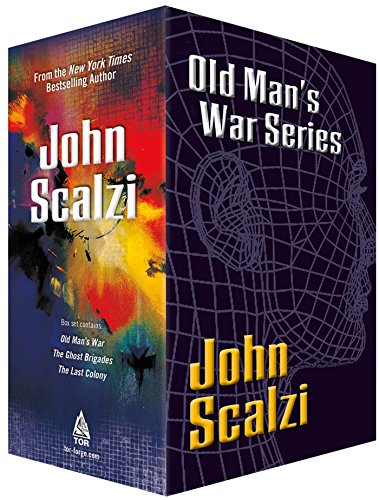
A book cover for Old Man's War Boxed Set 1; John Scalzi; Science Fiction & Fantasy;